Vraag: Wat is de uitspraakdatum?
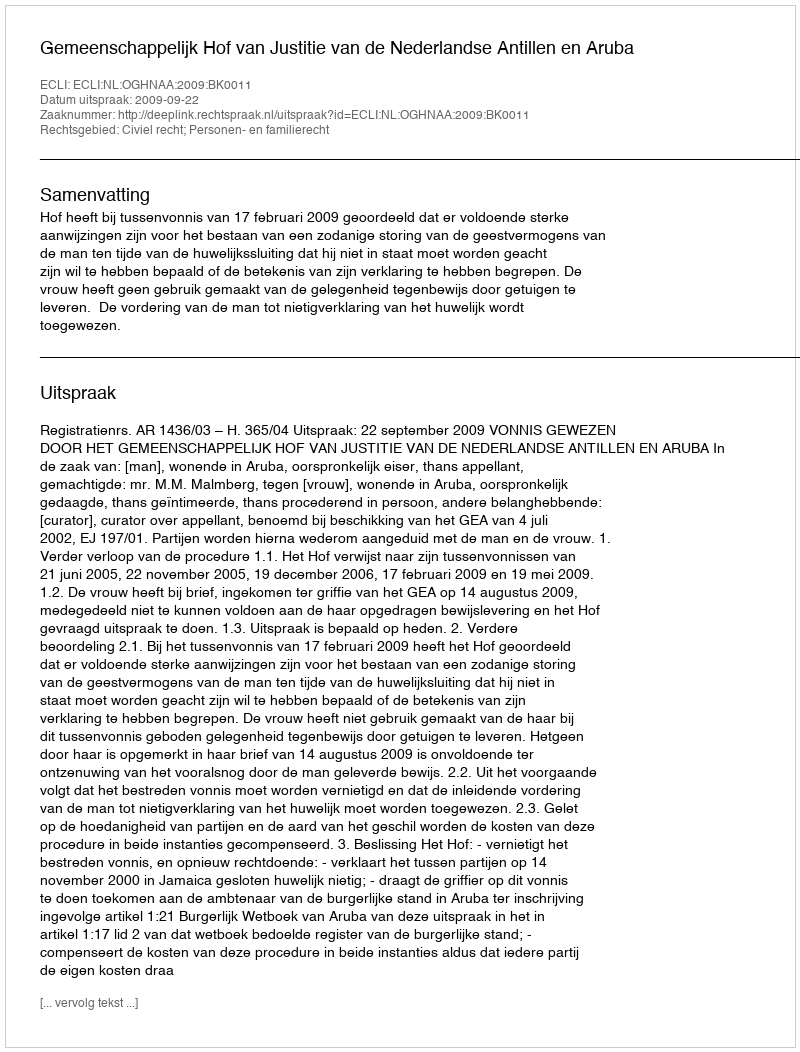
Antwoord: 2009-09-22